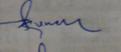
Signature authenticity: genuine